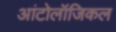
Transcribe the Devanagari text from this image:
आंटोलॉजिकल